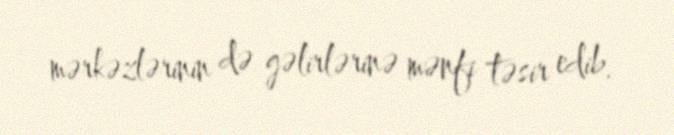
mərkəzlərinin də gəlirlərinə mənfi təsir edib.